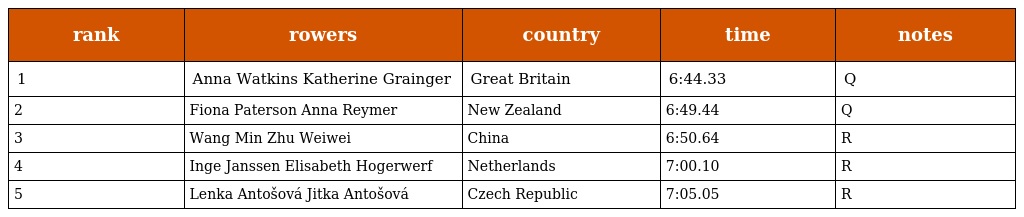
| rank | rowers | country | time | notes |
 | --- | --- | --- | --- | --- |
 | 1 | Anna Watkins Katherine Grainger | Great Britain | 6:44.33 | Q |
 | 2 | Fiona Paterson Anna Reymer | New Zealand | 6:49.44 | Q |
 | 3 | Wang Min Zhu Weiwei | China | 6:50.64 | R |
 | 4 | Inge Janssen Elisabeth Hogerwerf | Netherlands | 7:00.10 | R |
 | 5 | Lenka Antošová Jitka Antošová | Czech Republic | 7:05.05 | R |